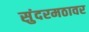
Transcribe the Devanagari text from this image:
सुंदरमठावर